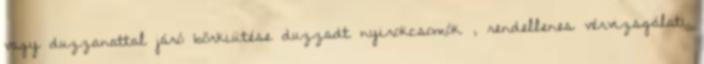
vagy duzzanattal járó bőrkiütése duzzadt nyirokcsomók , rendellenes vérvizsgálati